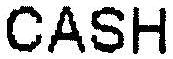
CASH